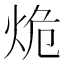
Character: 𰞒